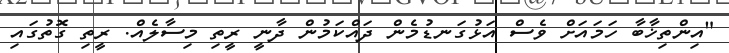
"އިންތިޚާބާ ހަމައަށް ވެސް އަޅުގަނޑުމެން ދައްކަމުން ދާނީ ރީތި މިސާލެއް. ރީތި ގޮތުގައި